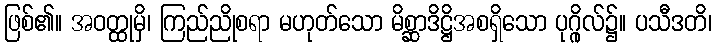
ဖြစ်၏။ အဝတ္ထုမှိ၊ ကြည်ညိုစရာ မဟုတ်သော မိစ္ဆာဒိဋ္ဌိအစရှိသော ပုဂ္ဂိုလ်၌။ ပသီဒတိ၊